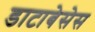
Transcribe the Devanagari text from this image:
डाटाबेसेस